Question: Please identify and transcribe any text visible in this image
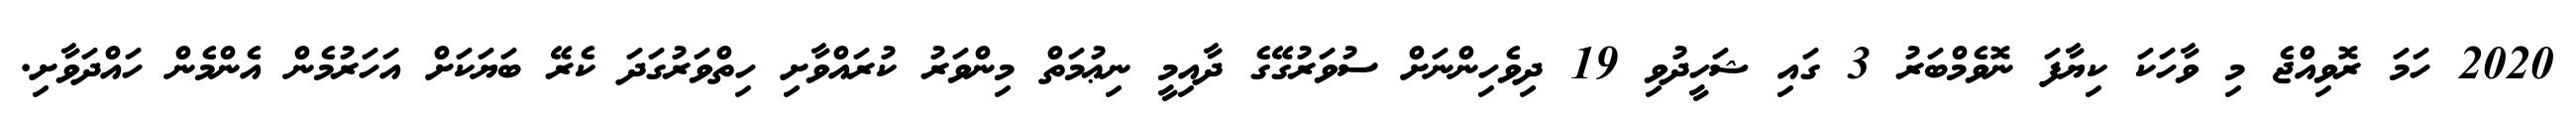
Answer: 2020 ހަމަ ރޮވިއްޖެ މި ވާހަކަ ކިޔާފަ ނޮވެމްބަރު 3 ގައި ޝަހީދުވި 19 ދިވެހިންނަށް ސުވަރުގޭގެ ދާއިމީ ނިޢުމަތް މިންވަރު ކުރައްވާށި ހިތްވަރުގަދަ ކެރޭ ބަޔަކަށް އަހަރުމެން އެންމެން ހައްދަވާށި.